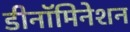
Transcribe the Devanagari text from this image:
डीनॉमिनेशन